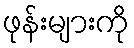
ဖုန်းများကို